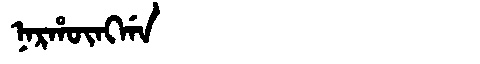
Manchu: ᠨᠠᡵᡥᡡᠩᡤᠠ
Romanization: NARHŪNGGA